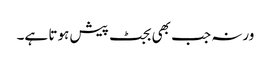
ورنہ جب بھی بجٹ پیش ہوتا ہے۔